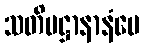
သတိပဋ္ဌာနာနံပေ